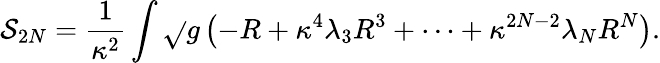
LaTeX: \mathcal{S}_{2N}=\frac{{1}}{{\kappa^{2}}}\int\sqrt{}{{g}}\left(-R+\kappa^{4}\lambda_{3}R^{3}+\cdots+\kappa^{2N-2}\lambda_{N}R^{N}\right).